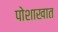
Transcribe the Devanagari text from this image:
पोशाखात